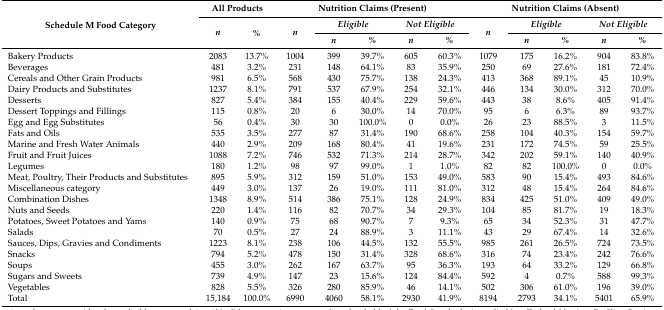
<table><thead><tr><td rowspan="3"><b>Schedule M Food Category</b></td><td colspan="2"><b>All Products</b></td><td colspan="5"><b>Nutrition Claims (Present)</b></td><td colspan="5"><b>Nutrition Claims (Absent)</b></td></tr><tr><td rowspan="2"><b><i>n</i></b></td><td rowspan="2"><b><i>%</i></b></td><td rowspan="2"><b><i>n</i></b></td><td colspan="2"><b><i>Eligible</i></b></td><td colspan="2"><b><i>Not Eligible</i></b></td><td rowspan="2"><b><i>n</i></b></td><td colspan="2"><b><i>Eligible</i></b></td><td colspan="2"><b><i>Not Eligible</i></b></td></tr><tr><td><b><i>n</i></b></td><td><b><i>%</i></b></td><td><b><i>n</i></b></td><td><b><i>%</i></b></td><td><b><i>n</i></b></td><td><b><i>%</i></b></td><td><b><i>n</i></b></td><td><b><i>%</i></b></td></tr></thead><tbody><tr><td>Bakery Products</td><td>2083</td><td>13.7%</td><td>1004</td><td>399</td><td>39.7%</td><td>605</td><td>60.3%</td><td>1079</td><td>175</td><td>16.2%</td><td>904</td><td>83.8%</td></tr><tr><td>Beverages</td><td>481</td><td>3.2%</td><td>231</td><td>148</td><td>64.1%</td><td>83</td><td>35.9%</td><td>250</td><td>69</td><td>27.6%</td><td>181</td><td>72.4%</td></tr><tr><td>Cereals and Other Grain Products</td><td>981</td><td>6.5%</td><td>568</td><td>430</td><td>75.7%</td><td>138</td><td>24.3%</td><td>413</td><td>368</td><td>89.1%</td><td>45</td><td>10.9%</td></tr><tr><td>Dairy Products and Substitutes</td><td>1237</td><td>8.1%</td><td>791</td><td>537</td><td>67.9%</td><td>254</td><td>32.1%</td><td>446</td><td>134</td><td>30.0%</td><td>312</td><td>70.0%</td></tr><tr><td>Desserts</td><td>827</td><td>5.4%</td><td>384</td><td>155</td><td>40.4%</td><td>229</td><td>59.6%</td><td>443</td><td>38</td><td>8.6%</td><td>405</td><td>91.4%</td></tr><tr><td>Dessert Toppings and Fillings</td><td>115</td><td>0.8%</td><td>20</td><td>6</td><td>30.0%</td><td>14</td><td>70.0%</td><td>95</td><td>6</td><td>6.3%</td><td>89</td><td>93.7%</td></tr><tr><td>Egg and Egg Substitutes</td><td>56</td><td>0.4%</td><td>30</td><td>30</td><td>100.0%</td><td>0</td><td>0.0%</td><td>26</td><td>23</td><td>88.5%</td><td>3</td><td>11.5%</td></tr><tr><td>Fats and Oils</td><td>535</td><td>3.5%</td><td>277</td><td>87</td><td>31.4%</td><td>190</td><td>68.6%</td><td>258</td><td>104</td><td>40.3%</td><td>154</td><td>59.7%</td></tr><tr><td>Marine and Fresh Water Animals</td><td>440</td><td>2.9%</td><td>209</td><td>168</td><td>80.4%</td><td>41</td><td>19.6%</td><td>231</td><td>172</td><td>74.5%</td><td>59</td><td>25.5%</td></tr><tr><td>Fruit and Fruit Juices</td><td>1088</td><td>7.2%</td><td>746</td><td>532</td><td>71.3%</td><td>214</td><td>28.7%</td><td>342</td><td>202</td><td>59.1%</td><td>140</td><td>40.9%</td></tr><tr><td>Legumes</td><td>180</td><td>1.2%</td><td>98</td><td>97</td><td>99.0%</td><td>1</td><td>1.0%</td><td>82</td><td>82</td><td>100.0%</td><td>0</td><td>0.0%</td></tr><tr><td>Meat, Poultry, Their Products and Substitutes</td><td>895</td><td>5.9%</td><td>312</td><td>159</td><td>51.0%</td><td>153</td><td>49.0%</td><td>583</td><td>90</td><td>15.4%</td><td>493</td><td>84.6%</td></tr><tr><td>Miscellaneous category</td><td>449</td><td>3.0%</td><td>137</td><td>26</td><td>19.0%</td><td>111</td><td>81.0%</td><td>312</td><td>48</td><td>15.4%</td><td>264</td><td>84.6%</td></tr><tr><td>Combination Dishes </td><td>1348</td><td>8.9%</td><td>514</td><td>386</td><td>75.1%</td><td>128</td><td>24.9%</td><td>834</td><td>425</td><td>51.0%</td><td>409</td><td>49.0%</td></tr><tr><td>Nuts and Seeds</td><td>220</td><td>1.4%</td><td>116</td><td>82</td><td>70.7%</td><td>34</td><td>29.3%</td><td>104</td><td>85</td><td>81.7%</td><td>19</td><td>18.3%</td></tr><tr><td>Potatoes, Sweet Potatoes and Yams</td><td>140</td><td>0.9%</td><td>75</td><td>68</td><td>90.7%</td><td>7</td><td>9.3%</td><td>65</td><td>34</td><td>52.3%</td><td>31</td><td>47.7%</td></tr><tr><td>Salads</td><td>70</td><td>0.5%</td><td>27</td><td>24</td><td>88.9%</td><td>3</td><td>11.1%</td><td>43</td><td>29</td><td>67.4%</td><td>14</td><td>32.6%</td></tr><tr><td>Sauces, Dips, Gravies and Condiments </td><td>1223</td><td>8.1%</td><td>238</td><td>106</td><td>44.5%</td><td>132</td><td>55.5%</td><td>985</td><td>261</td><td>26.5%</td><td>724</td><td>73.5%</td></tr><tr><td>Snacks</td><td>794</td><td>5.2%</td><td>478</td><td>150</td><td>31.4%</td><td>328</td><td>68.6%</td><td>316</td><td>74</td><td>23.4%</td><td>242</td><td>76.6%</td></tr><tr><td>Soups</td><td>455</td><td>3.0%</td><td>262</td><td>167</td><td>63.7%</td><td>95</td><td>36.3%</td><td>193</td><td>64</td><td>33.2%</td><td>129</td><td>66.8%</td></tr><tr><td>Sugars and Sweets</td><td>739</td><td>4.9%</td><td>147</td><td>23</td><td>15.6%</td><td>124</td><td>84.4%</td><td>592</td><td>4</td><td>0.7%</td><td>588</td><td>99.3%</td></tr><tr><td>Vegetables</td><td>828</td><td>5.5%</td><td>326</td><td>280</td><td>85.9%</td><td>46</td><td>14.1%</td><td>502</td><td>306</td><td>61.0%</td><td>196</td><td>39.0%</td></tr><tr><td>Total</td><td>15,184</td><td>100.0%</td><td>6990</td><td>4060</td><td>58.1%</td><td>2930</td><td>41.9%</td><td>8194</td><td>2793</td><td>34.1%</td><td>5401</td><td>65.9%</td></tr></tbody></table>